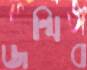
জন্মিব